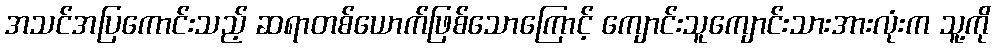
အသင်အပြကောင်းသည့် ဆရာတစ်ယောက်ဖြစ်သောကြောင့် ကျောင်းသူကျောင်းသားအားလုံးက သူ့ကို